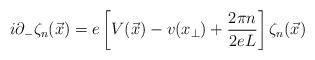
LaTeX: \begin{align*}i\partial_- \zeta_n(\vec{x}) = e\left[ V(\vec{x})-v(x_{\perp})+ \frac{2\pi n}{2eL}\right] \zeta_n(\vec{x})\end{align*}